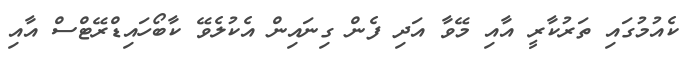
ކެއުމުގައި ތަރުކާރީ އާއި މޭވާ އަދި ފެން ގިނައިން އެކުލެވޭ ކާބޯހައިޑްރޭޓްސް އާއި